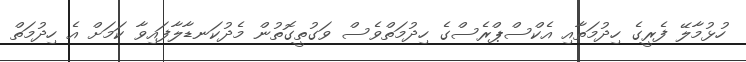
ހުޅުމާލޭ ފެރީގެ ހިދުމަތާއި އެކްސްޕްރެސްގެ ހިދުމަތްވެސް ވަގުތީގޮތުން މެދުކަނޑާލާފައިވާ ކަމަށް އެ ހިދުމަތް